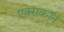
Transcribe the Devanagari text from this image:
एक्सकॉन